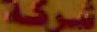
شركة